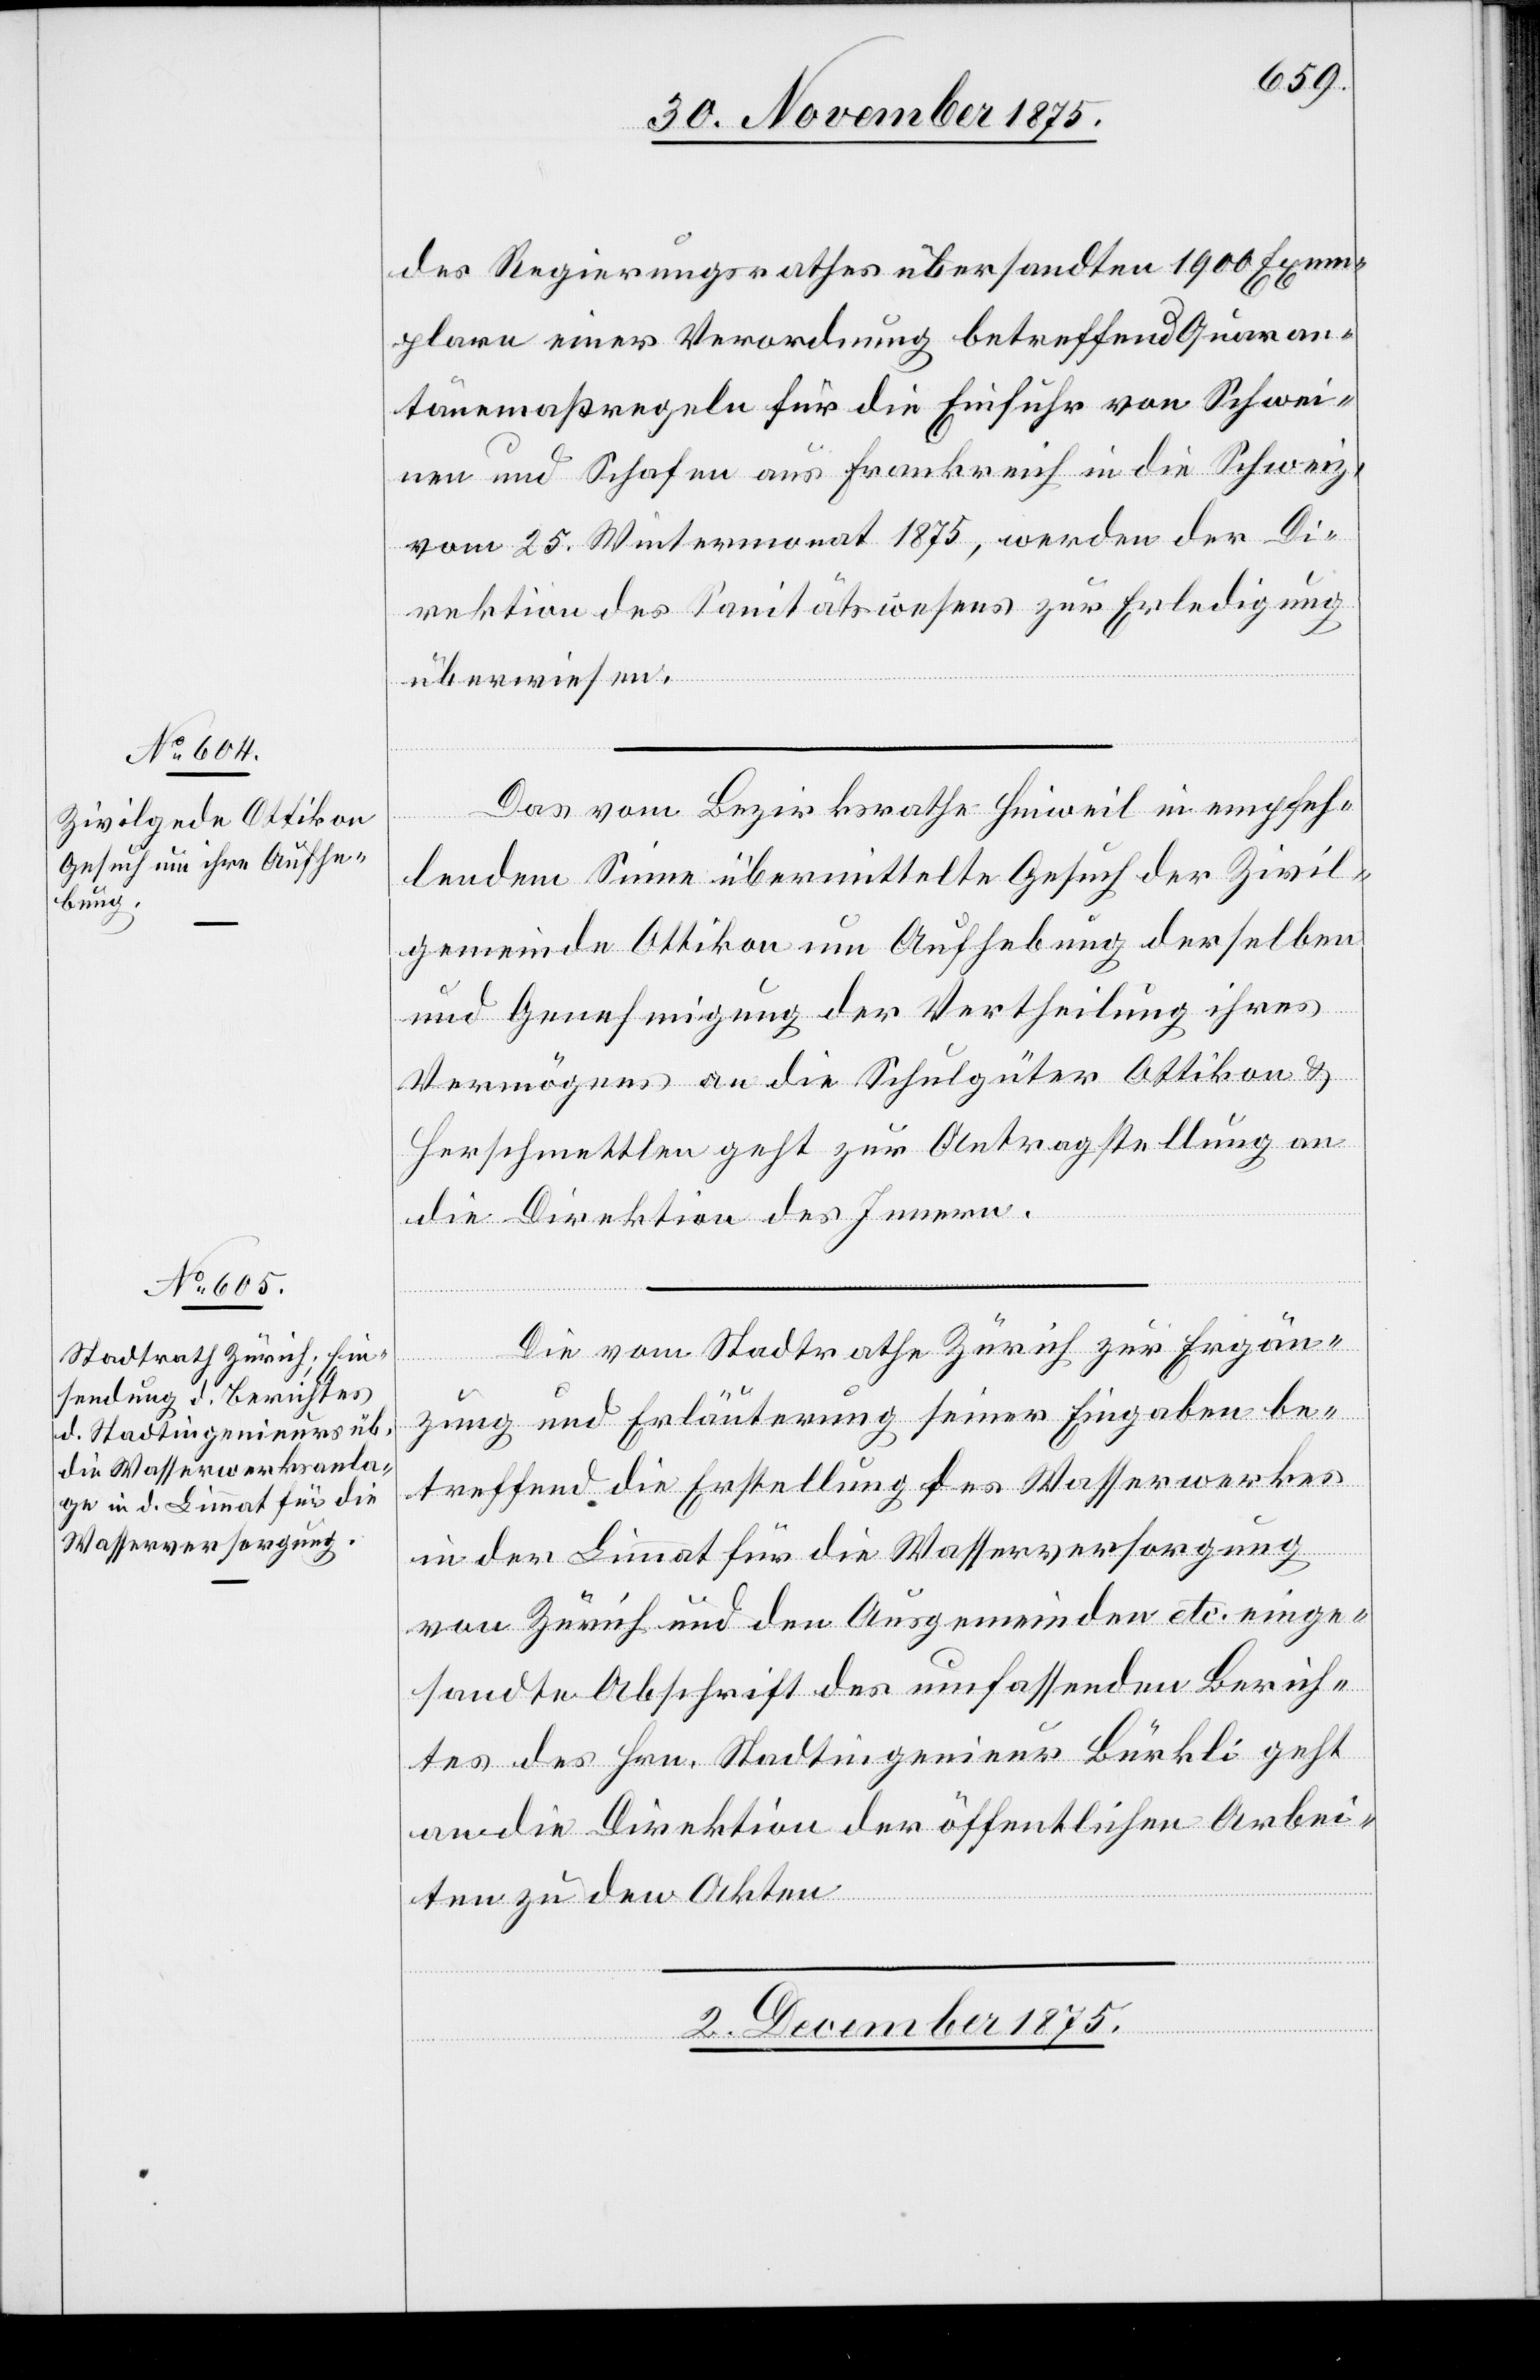
des Regierungsrathes übersandten 1900 Exem¬
plare einer Verordnung betreffend Quaran¬
tänemaßregeln für die Einfuhr von Schwei¬
nen und Schafen aus Frankreich in die Schweiz,
vom 25. Wintermonat 1875, werden der Di¬
rektion des Sanitätswesens zur Erledigung
überwiesen.
Das vom Bezirksrathe Hinweil in empfeh¬
lendem Sinne übermittelte Gesuch der Zivil¬
gemeinde Ottikon um Aufhebung derselben
und Genehmigung der Vertheilung ihres
Vermögens an die Schulgüter Ottikon &
Herschmettlen geht zur Antragstellung an
die Direktion des Innern.
Die vom Stadtrathe Zürich zur Ergän¬
[Präsidial-Verfügungen
zung und Erläuterung seiner Eingaben be¬
treffend die Erstellung des Wasserwerkes
in der Limmat für die Wasserversorgung
von Zürich und den Ausgemeinden etc. einge¬
sandte Abschrift des umfassenden Berich¬
tes des Hrn. Stadtingenieur Bürkli geht
an die Direktion der öffentlichen Arbei¬
ten zu den Akten.
1. December 1875.]